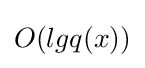
O(lgq(x))